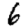
Digit: 6